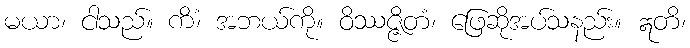
မယာ၊ ငါသည်။ ကိံ၊ အဘယ်ကို။ ဝိဿဇ္ဇိတံ၊ ဖြေဆိုအပ်သနည်း။ ဣတိ၊